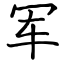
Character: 军